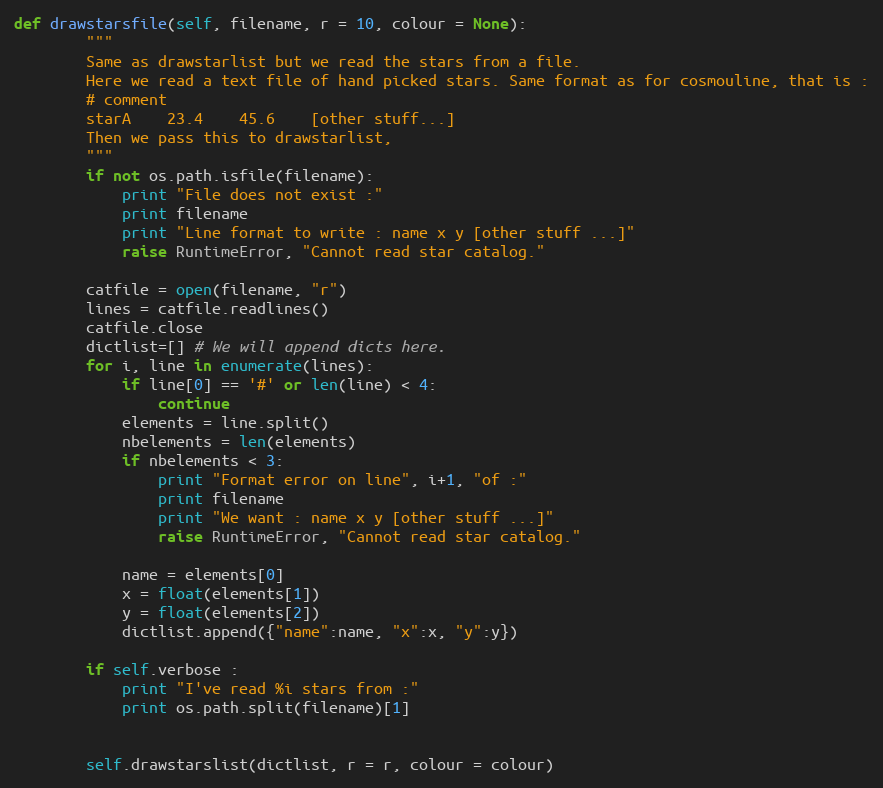
Language: Python
def drawstarsfile(self, filename, r = 10, colour = None):
        """
        Same as drawstarlist but we read the stars from a file.
        Here we read a text file of hand picked stars. Same format as for cosmouline, that is :
        # comment
        starA    23.4    45.6    [other stuff...]
        Then we pass this to drawstarlist,
        """
        if not os.path.isfile(filename):
            print "File does not exist :"
            print filename
            print "Line format to write : name x y [other stuff ...]"
            raise RuntimeError, "Cannot read star catalog."

        catfile = open(filename, "r")
        lines = catfile.readlines()
        catfile.close
        dictlist=[] # We will append dicts here.
        for i, line in enumerate(lines):
            if line[0] == '#' or len(line) < 4:
                continue
            elements = line.split()
            nbelements = len(elements)
            if nbelements < 3:
                print "Format error on line", i+1, "of :"
                print filename
                print "We want : name x y [other stuff ...]"
                raise RuntimeError, "Cannot read star catalog."

            name = elements[0]
            x = float(elements[1])
            y = float(elements[2])
            dictlist.append({"name":name, "x":x, "y":y})

        if self.verbose :
            print "I've read %i stars from :"
            print os.path.split(filename)[1]

        self.drawstarslist(dictlist, r = r, colour = colour)